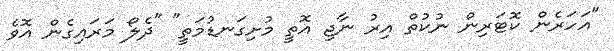
"އަހަރެން ކޮޓަރިން ނުކުތް އިރު ނާޖި އޮތީ މުށިގަނޑުމަތީ" "ދެލޯ މަރައިގެން އޮވެ